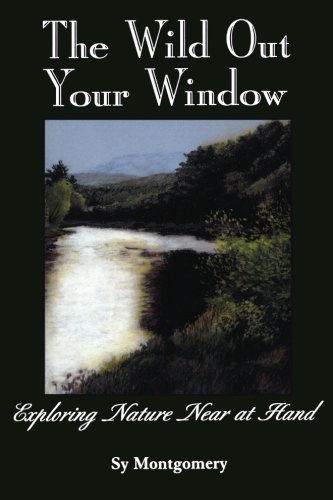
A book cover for The Wild Out Your Window; Sy Montgomery; Crafts, Hobbies & Home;